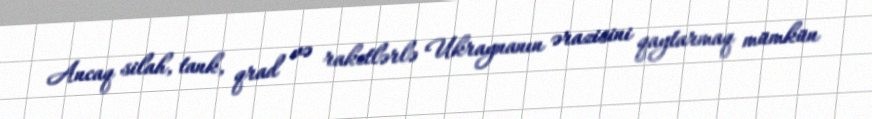
Ancaq silah, tank, qrad və raketlərlə Ukraynanın ərazisini qaytarmaq mümkün